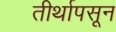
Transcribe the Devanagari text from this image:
तीर्थापसून